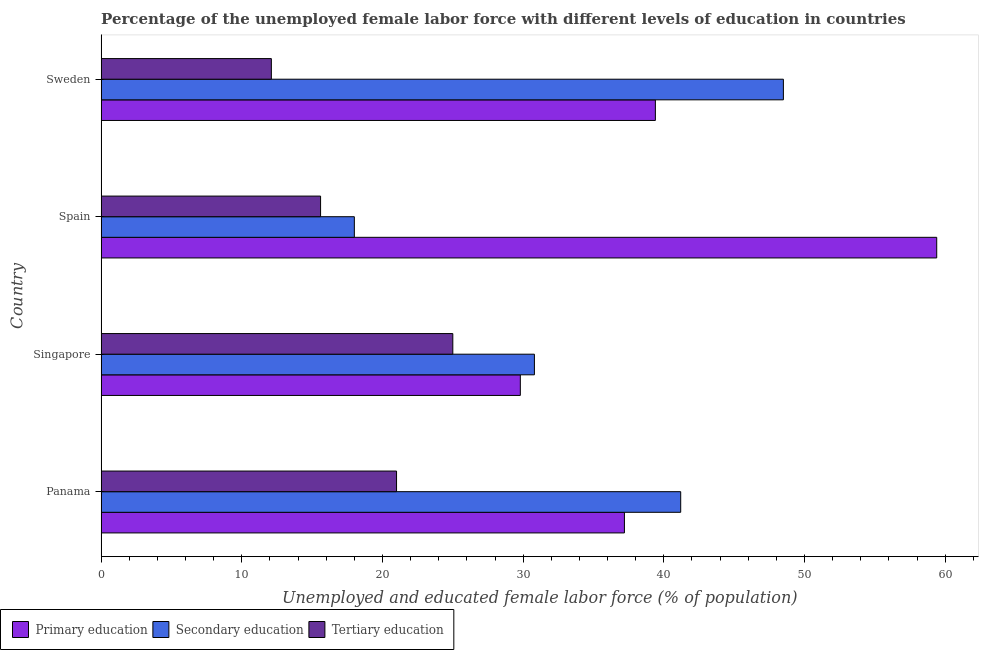
| Country | Primary education | Secondary education | Tertiary education |
 | --- | --- | --- | --- |
 | Panama | 37.2 | 41.2 | 21 |
 | Singapore | 29.8 | 30.8 | 25 |
 | Spain | 59.4 | 18 | 15.6 |
 | Sweden | 39.4 | 48.5 | 12.1 |